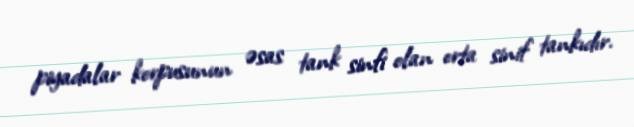
piyadalar korpusunun əsas tank sinfi olan orta sinif tankıdır.